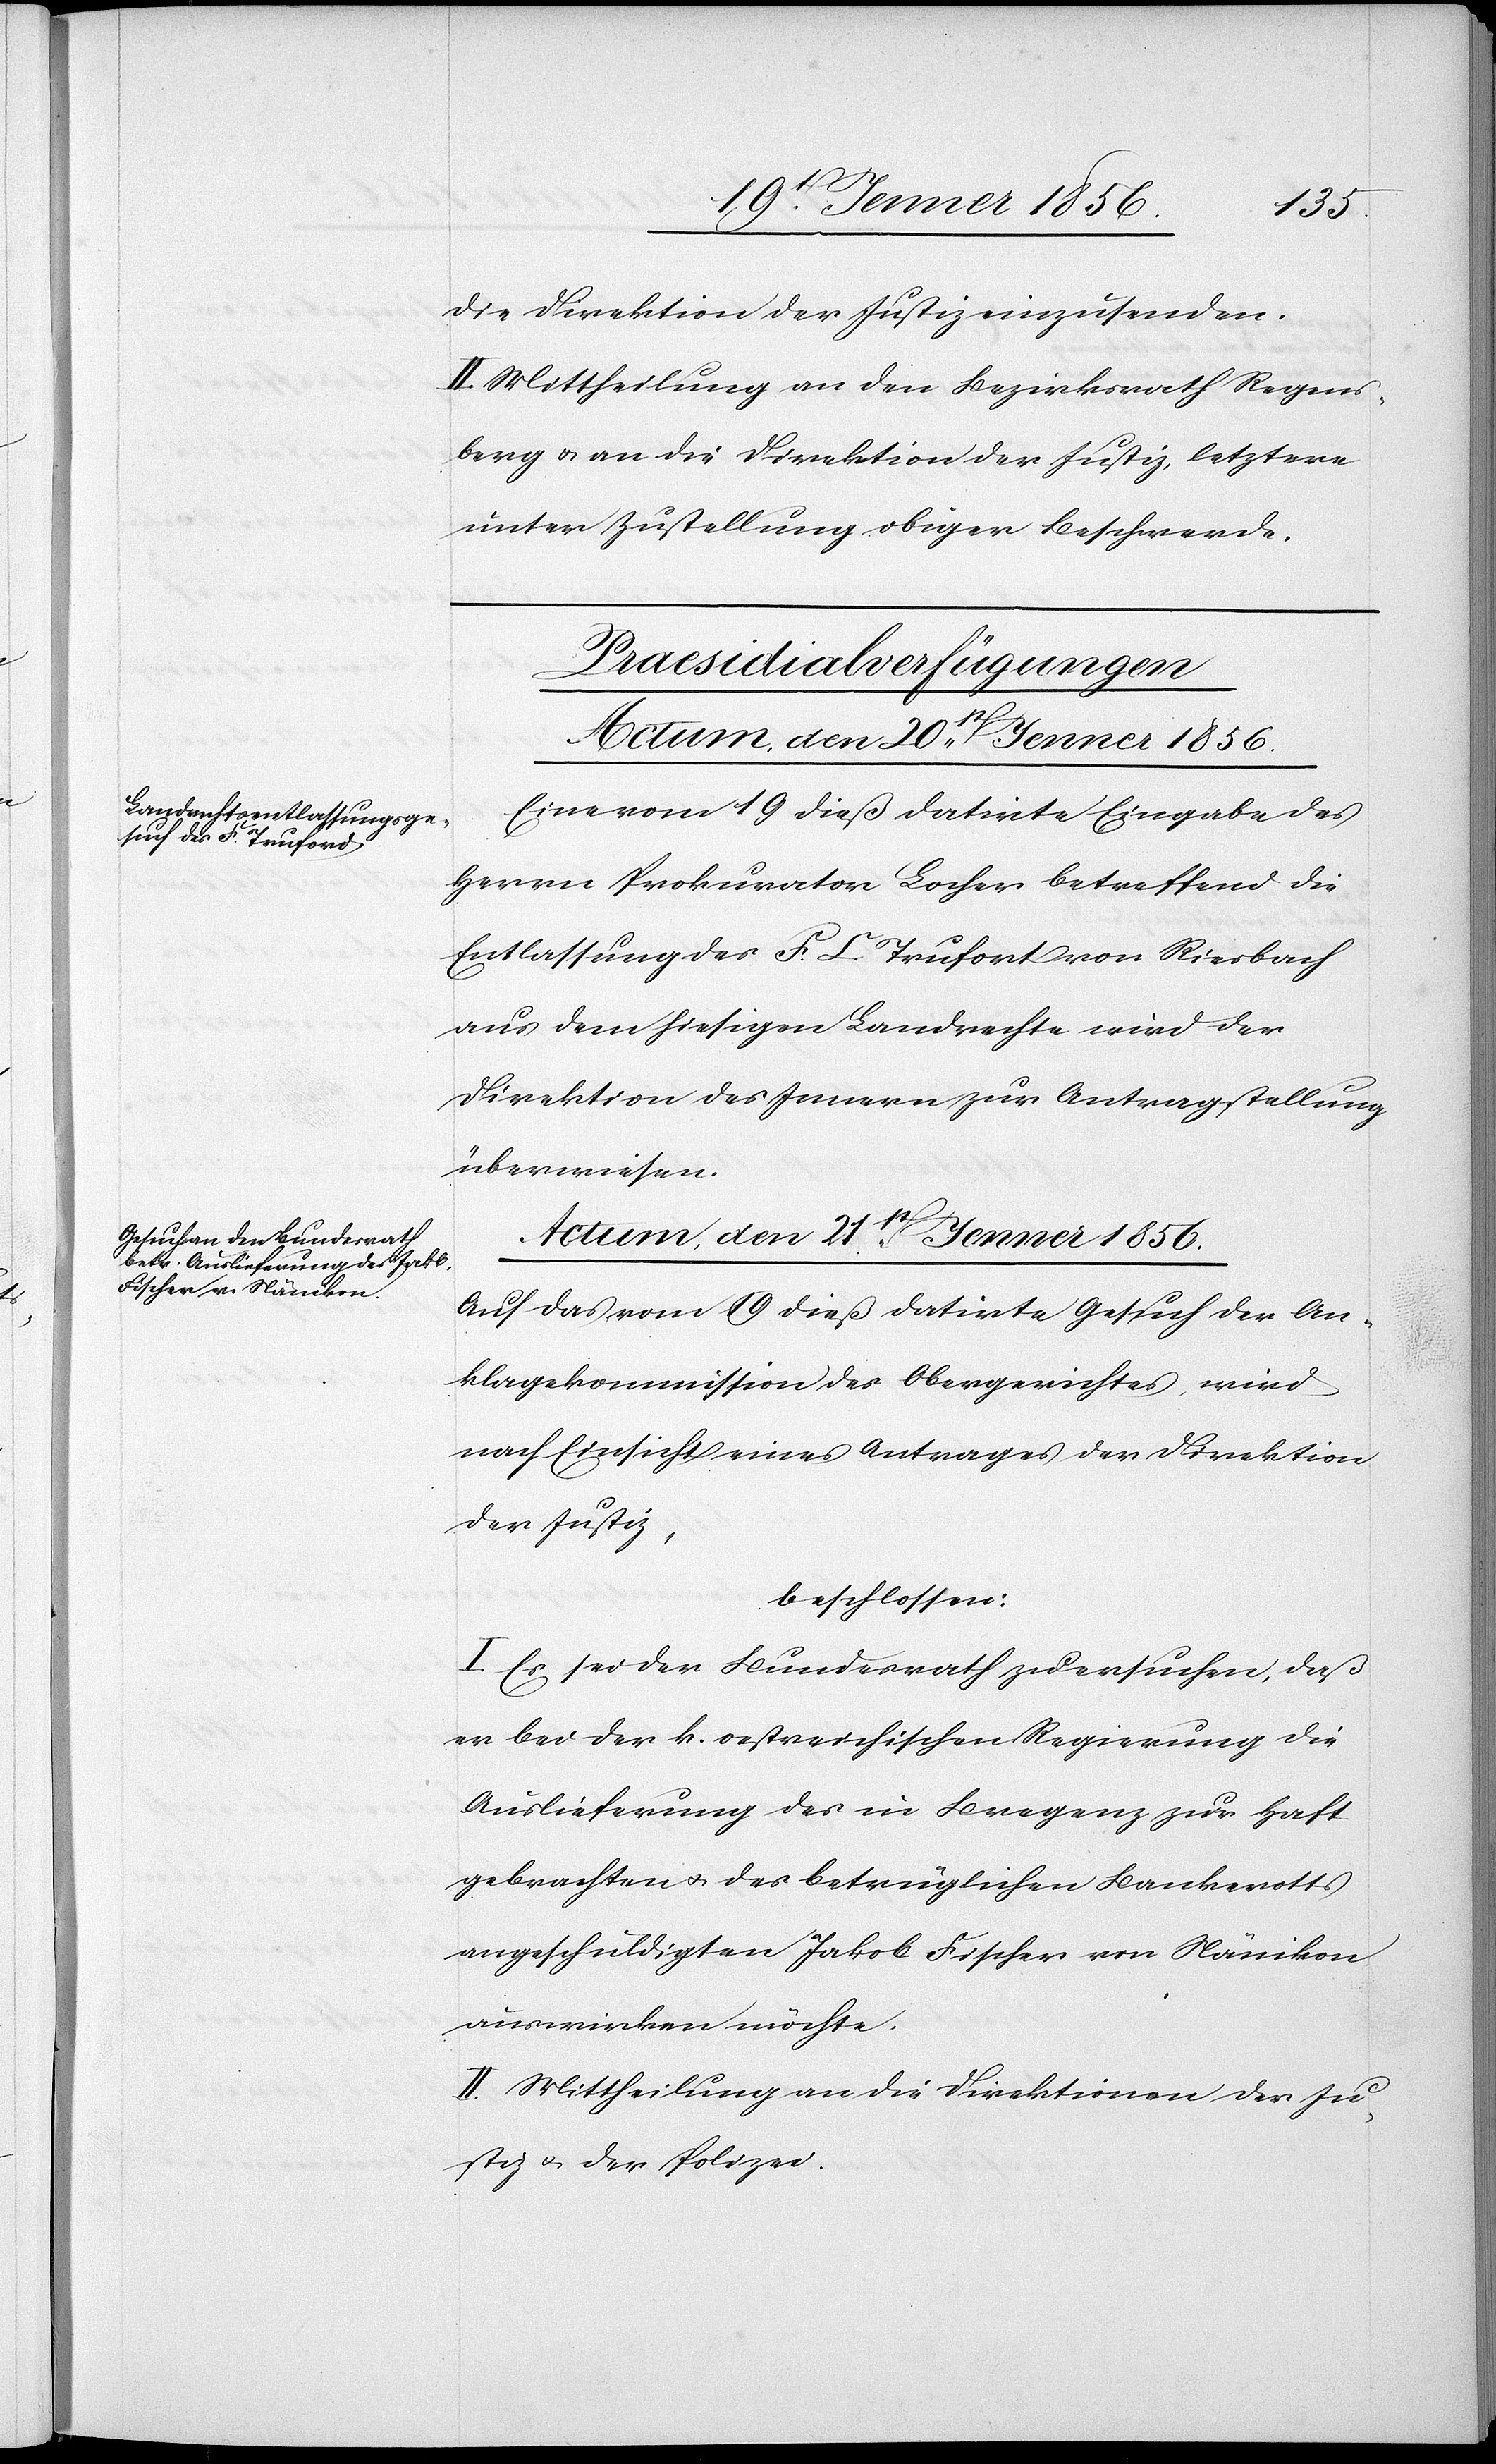
die Direktion der Justiz einzusenden.
II. Mittheilung an den Bezirksrath Regens¬
berg u. an die Direktion der Justiz, letztere
unter Zustellung obiger Beschwerde.
[Praesidialverfügungen]
Eine vom 19 dieß datirte Eingabe des
Herrn Prokurator Locher betreffend die
Entlassung des F. L. Trufort von Riesbach
aus dem hiesigen Landrechte wird der
Direktion des Innern zur Antragstellung
überwiesen.
Actum, den 21st Jenner 1856.
Auf das vom 19 dieß datirte Gesuch der An¬
klagekommission des Obergerichtes wird
nach Einsicht eines Antrages der Direktion
der Justiz,
beschlossen:
I. Es sei der Bundesrath zu ersuchen, daß
er bei der k. oestreichischen Regierung die
Auslieferung des in Bregenz zur Haft
gebrachten u. des betrüglichen Bankerotts
angeschuldigten Jakob Fischer von Nänikon
auswirken möchte.
II. Mittheilung an die Direktionen der Ju¬
stiz u. der Polizei.